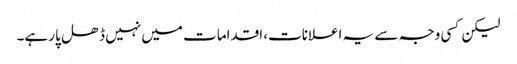
لیکن کسی وجہ سے یہ اعلانات، اقدامات میں نہیں ڈھل پا رہے۔